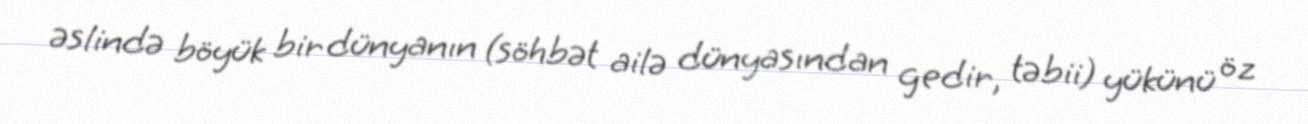
əslində böyük bir dünyanın (söhbət ailə dünyasından gedir, təbii) yükünü öz